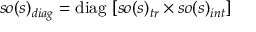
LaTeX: s o ( s ) _ { d i a g } = \mathrm { d i a g } ~ [ s o ( s ) _ { t r } \times s o ( s ) _ { i n t } ]